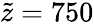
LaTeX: \tilde{z}=750